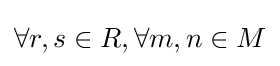
\forall r,s\in R,\forall m,n\in M